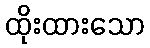
ထိုးထားသော